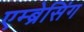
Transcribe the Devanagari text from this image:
एम्ब्रेसिंग